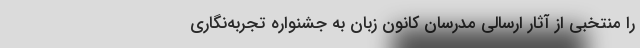
را منتخبی از آثار ارسالی مدرسان کانون زبان به جشنواره تجربه‌نگاری